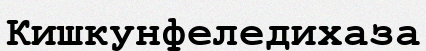
Кишкунфеледихаза